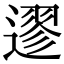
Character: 䢧